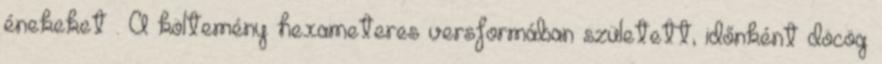
énekeket . A költemény hexameteres versformában született, időnként döcög